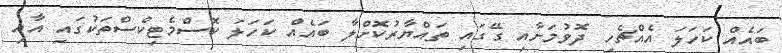
ބައެއް ކަހަލަ އެއްޗެހި ދޮވުމަށާއި ގޭގައި ތައްޔާރުކޮށްލާ ބައެއް ކަހަލަ ކޮސްމެޓިކްސްތަކުގައި އާއި